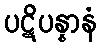
ပဋိပန္နာနံ